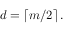
d = \left\lceil m / 2 \right\rceil .